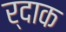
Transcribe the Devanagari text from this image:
र्दाक